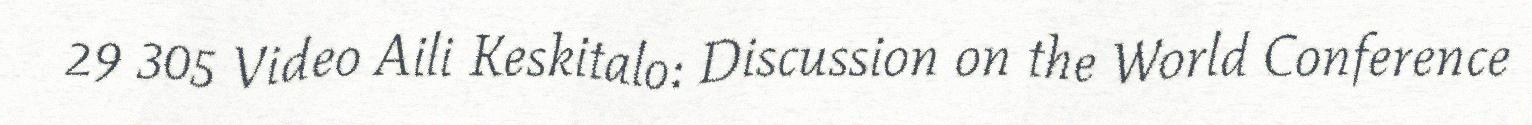
29 305 Video Aili Keskitalo: Discussion on the World Conference